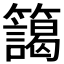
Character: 𮆻